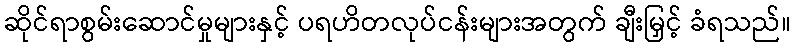
ဆိုင်ရာစွမ်းဆောင်မှုများနှင့် ပရဟိတလုပ်ငန်းများအတွက် ချီးမြှင့် ခံရသည်။